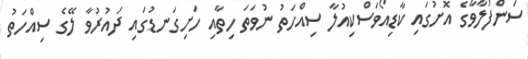
ސަންފުލާވާގެ އޮށުގައި ކާޑިއޯވަސްކިއުލާ ސިއްހަތު ނުވަތަ ހިތާއި ހަށިގަނޑުގައި ދައުރުވާ ލޭގެ ސިއްހަތު